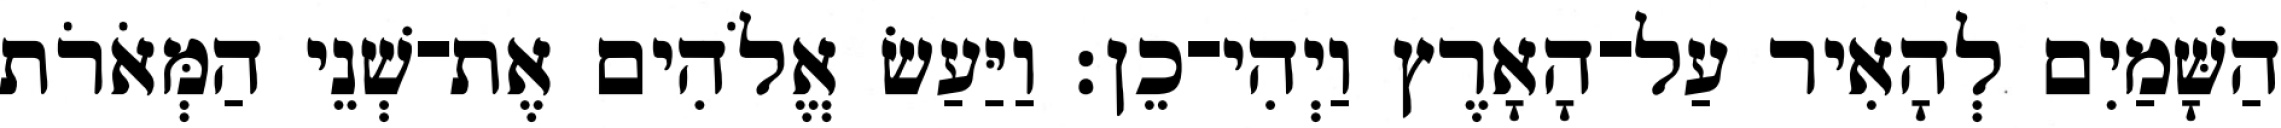
הַשָּׁמַיִם לְהָאִיר עַל־הָאָרֶץ וַיְהִי־כֵן׃ וַיַּעַשׂ אֱלֹהִים אֶת־שְׁנֵי הַמְּאֹרֹת